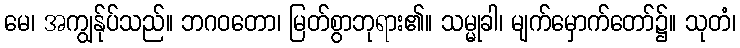
မေ၊ အကျွန်ုပ်သည်။ ဘဂဝတော၊ မြတ်စွာဘုရား၏။ သမ္မုခါ၊ မျက်မှောက်တော်၌။ သုတံ၊